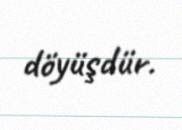
döyüşdür.